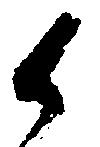
候